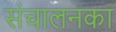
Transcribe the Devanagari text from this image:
संचालनका